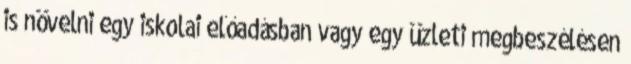
is növelni egy iskolai előadásban vagy egy üzleti megbeszélésen